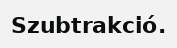
Szubtrakció.